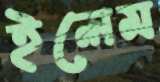
ইলেম